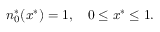
n _ { 0 } ^ { * } ( x ^ { * } ) = 1 , \quad 0 \leq x ^ { * } \leq 1 .